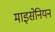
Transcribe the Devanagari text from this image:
माइसेनियन